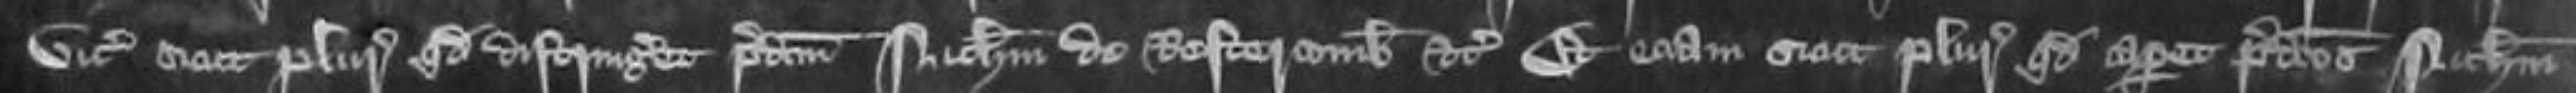
vicecomiti sicut plurie quod distrangeret predictum Nicholaum de Restercomb etc et etiam sicut plurie quod caperet predictos Nicholaus